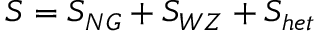
S = S _ { N G } + S _ { W Z } + S _ { h e t }